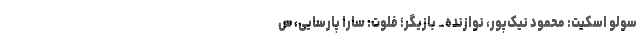
سولو اسکیت: محمود نیک‌پور، نوازنده_ بازیگر؛ فلوت: سارا پارسایی، س